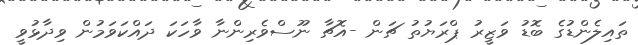
ތައިލެންޑުގެ ބޮޑު ވަޒީރު ޕްރަޔުތު ޗަން -އޮޗާ ނޫސްވެރިންނާ ވާހަކަ ދައްކަވަމުން ވިދާޅުވީ